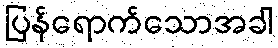
ပြန်ရောက်သောအခါ